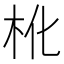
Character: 杹